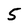
Character: 5